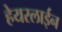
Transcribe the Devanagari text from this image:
हेयरलाईन